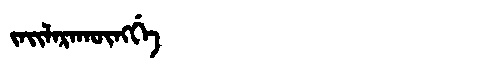
Manchu: ᠵᠠᡳᠯᠠᡵᠠᡴᡡᠩᡤᡝ
Romanization: JAILARAKŪNGGE